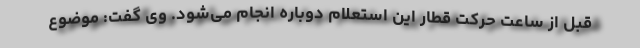
قبل از ساعت حرکت قطار این استعلام دوباره انجام می‌شود. وی گفت: موضوع